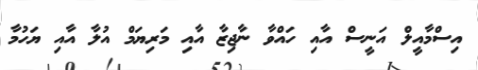
އިސްމާއީލް އަނީސް އާއި ހައްވާ ނާޖިޒާ އާއި މަރިޔަމް އުލާ އާއި ޔަހުމާ